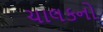
ચાલકનો